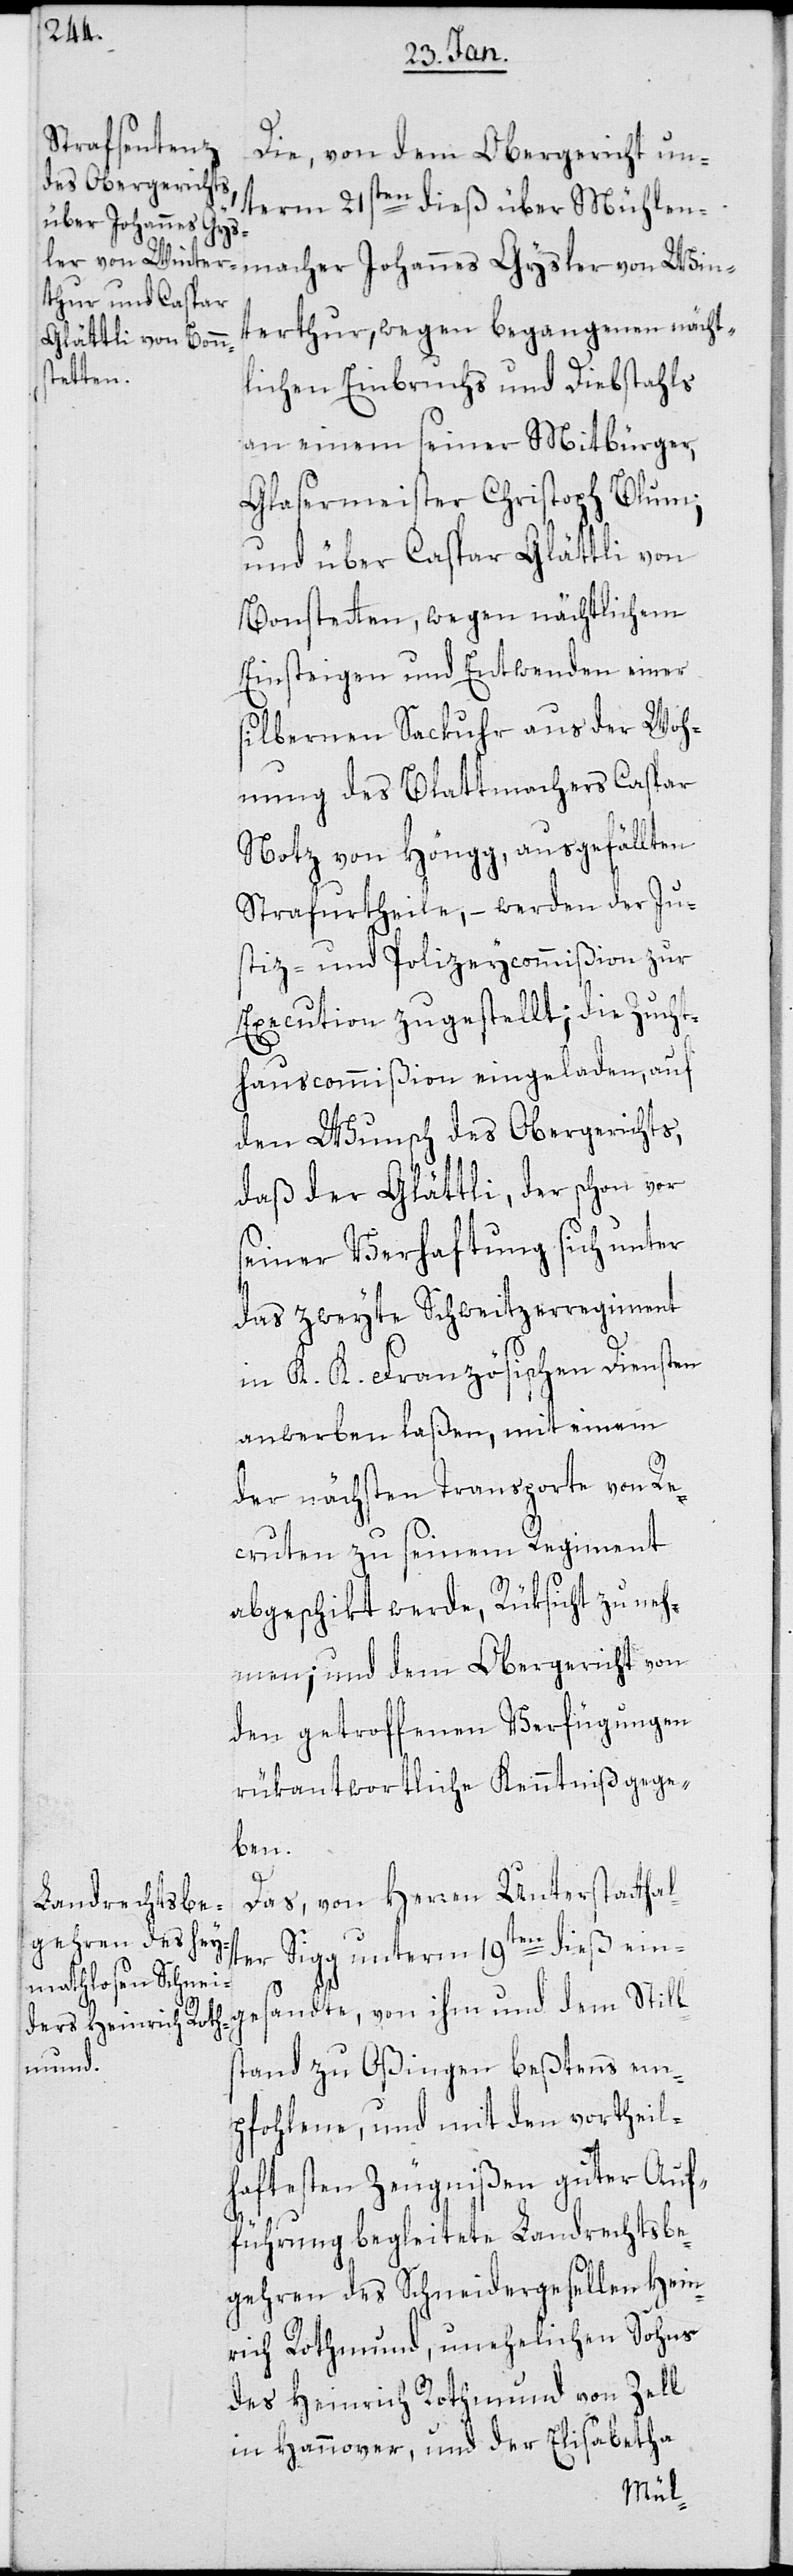
Die, von dem Obergericht un¬
term 21sten dieß über Mühlen¬
macher Johannes Gys¬
terthur, wegen begangenen nächt¬
lichen Einbruchs und Diebstahls
an einem seiner Mitbürger,
Glasermeister Christoph Blum;
und über Caspar Glättli von
Einsteigen und Entwenden einer
silbernen Sackuhr aus der Woh¬
nung des Blattmachers Caspar
Notz von Höngg, ausgefällten
Strafurtheile, – werden der Ju¬
stiz- und Polizeycommißion zur
Execution zugestellt; die Zucht¬
ler
hauscommißion eingeladen, auf
den Wunsch des Obergerichts,
daß der Glättli, der schon vor
seiner Verhaftung sich unter
das zweyte Schweitzerregiment
in K. K. Französischen Diensten
anwerben laßen, mit einem
der nächsten Transporte von Re¬
cruten zu seinem Regiment
abgeschikt werde, Rüksicht zu neh¬
men; und dem Obergericht von
den getroffenen Verfügungen
rükantwortliche Kenntniß gege¬
ben.
Das von Herren Unterstatthal¬
ter Sigg unterm 19ten dieß ein¬
gesandte, von ihm und dem Still¬
Win¬
stand zu Oßingen beßtens em¬
pfohlene, und mit den vortheil¬
haftetsten Zeugnißen guter Auf¬
führung begleitete Landrechtsbe¬
gehren des Schneidergesellen Hein¬
rich Rothmund, unehelichen Sohns
des Heinrich Rothmund von Zell
in Hannover und der Elisabetha